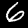
Digit: 6